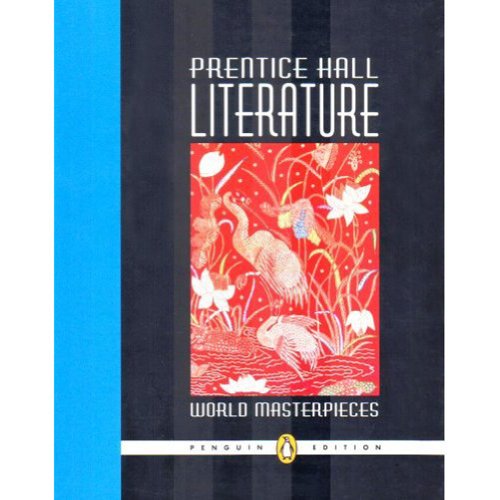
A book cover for Prentice Hall Literature: World Masterpieces, Grade 12, Penguin Edition, Student Edition; Prentice Hall; Teen & Young Adult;